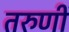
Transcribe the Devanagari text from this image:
तरुणीं